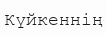
Күйкеннің